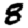
Digit: 8